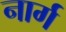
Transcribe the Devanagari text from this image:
नार्ग